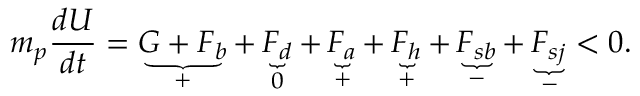
m _ { p } \frac { d U } { d t } = \underbrace { G + F _ { b } } _ { + } + \underbrace { F _ { d } } _ { 0 } + \underbrace { F _ { a } } _ { + } + \underbrace { F _ { h } } _ { + } + \underbrace { F _ { s b } } _ { - } + \underbrace { F _ { s j } } _ { - } < 0 .